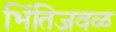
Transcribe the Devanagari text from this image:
भिंतिजवळ